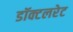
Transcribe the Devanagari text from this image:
डॉक्टलरेट